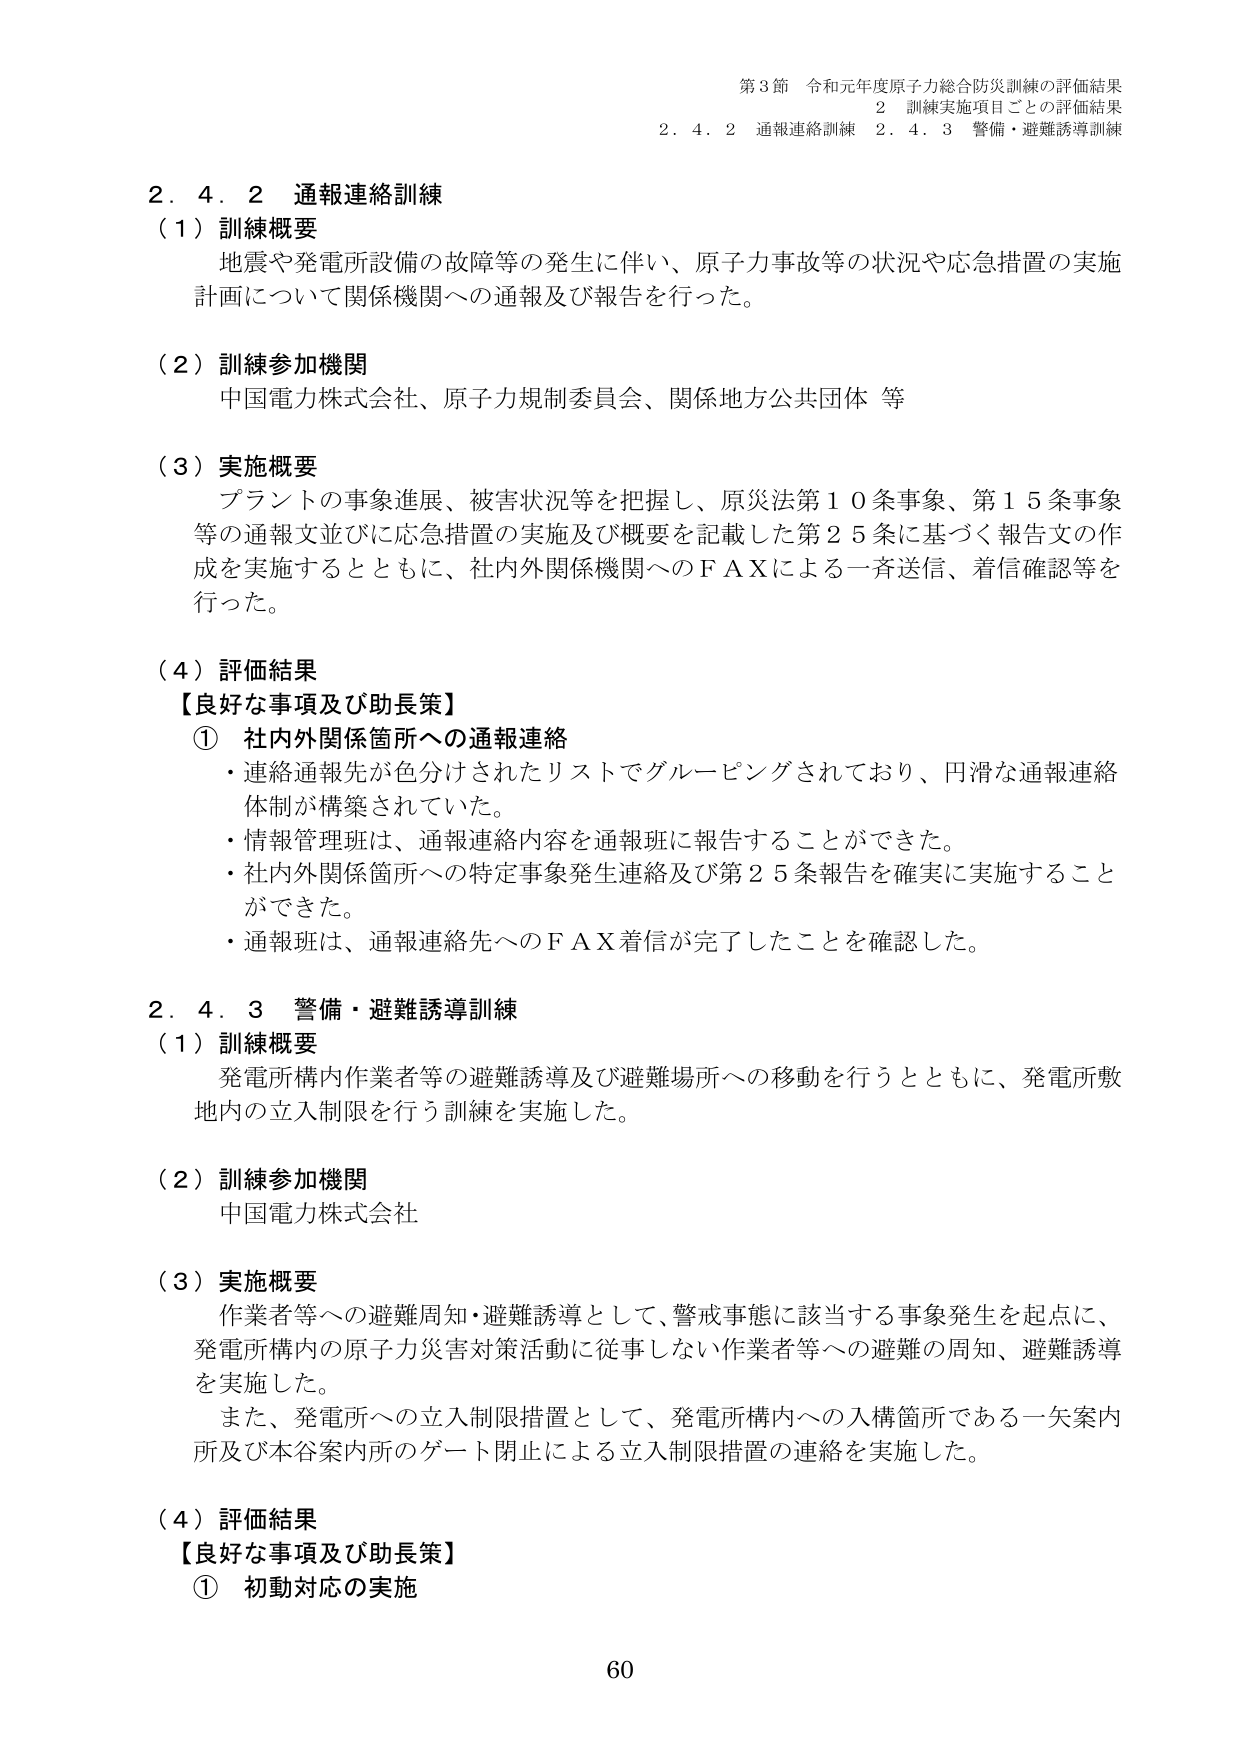
第3節 令和元年度原子力総合防災訓練の評価結果
2 訓練実施項目ごとの評価結果
2.4.2 通報連絡訓練 2.4.3 警備・避難誘導訓練

2.4.2 通報連絡訓練
（1）訓練概要
地震や発電所設備の故障等の発生に伴い、原子力事故等の状況や応急措置の実施
計画について関係機関への通報及び報告を行った。

（2）訓練参加機関
中国電力株式会社、原子力規制委員会、関係地方公共団体 等

（3）実施概要
プラントの事象進展、被害状況等を把握し、原災法第10条事象、第15条事象
等の通報文並びに応急措置の実施及び概要を記載した第25条に基づく報告文の作
成を実施するとともに、社内外関係機関へのＦＡＸによる一斉送信、着信確認等を
行った。

（4）評価結果
【良好な事項及び助長策】
① 社内外関係箇所への通報連絡
・連絡通報先が色分けされたリストでグルーピングされており、円滑な通報連絡
体制が構築されていた。
・情報管理班は、通報連絡内容を通報班に報告することができた。
・社内外関係箇所への特定事象発生連絡及び第25条報告を確実に実施すること
ができた。
・通報班は、通報連絡先へのＦＡＸ着信が完了したことを確認した。

2.4.3 警備・避難誘導訓練
（1）訓練概要
発電所構内作業者等の避難誘導及び避難場所への移動を行うとともに、発電所敷
地内の立入制限を行う訓練を実施した。

（2）訓練参加機関
中国電力株式会社

（3）実施概要
作業者等への避難周知・避難誘導として、警戒事態に該当する事象発生を起点に、
発電所構内の原子力災害対策活動に従事しない作業者等への避難の周知、避難誘導
を実施した。
また、発電所への立入制限措置として、発電所構内への入構箇所である一矢案内
所及び本谷案内所のゲート閉止による立入制限措置の連絡を実施した。

（4）評価結果
【良好な事項及び助長策】
① 初動対応の実施

60